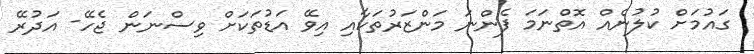
ގައުމަށް ކުލުނެއް އޮތްނަމަ ފެންނަ މަންޒަރުތަކާއި އިވޭ އަޑުތަކަށް ވިސްނަން ޖެހޭ- އަދުރޭ